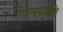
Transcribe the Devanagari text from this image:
गानपद्धति